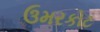
ઉમરકોટ